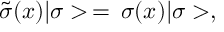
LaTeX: \tilde { \sigma } ( x ) | \sigma > \, = \, \sigma ( x ) | \sigma > ,